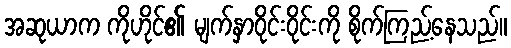
အဆုယာက ကိုဟိုင်၏ မျက်နှာဝိုင်းဝိုင်းကို စိုက်ကြည့်နေသည်။